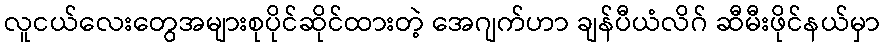
လူငယ်လေးတွေအများစုပိုင်ဆိုင်ထားတဲ့ အေဂျက်ဟာ ချန်ပီယံလိဂ် ဆီမီးဖိုင်နယ်မှာ